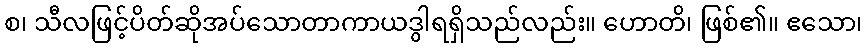
စ၊ သီလဖြင့်ပိတ်ဆိုအပ်သောတာကာယဒွါရရှိသည်လည်း။ ဟောတိ၊ ဖြစ်၏။ ဧသော၊